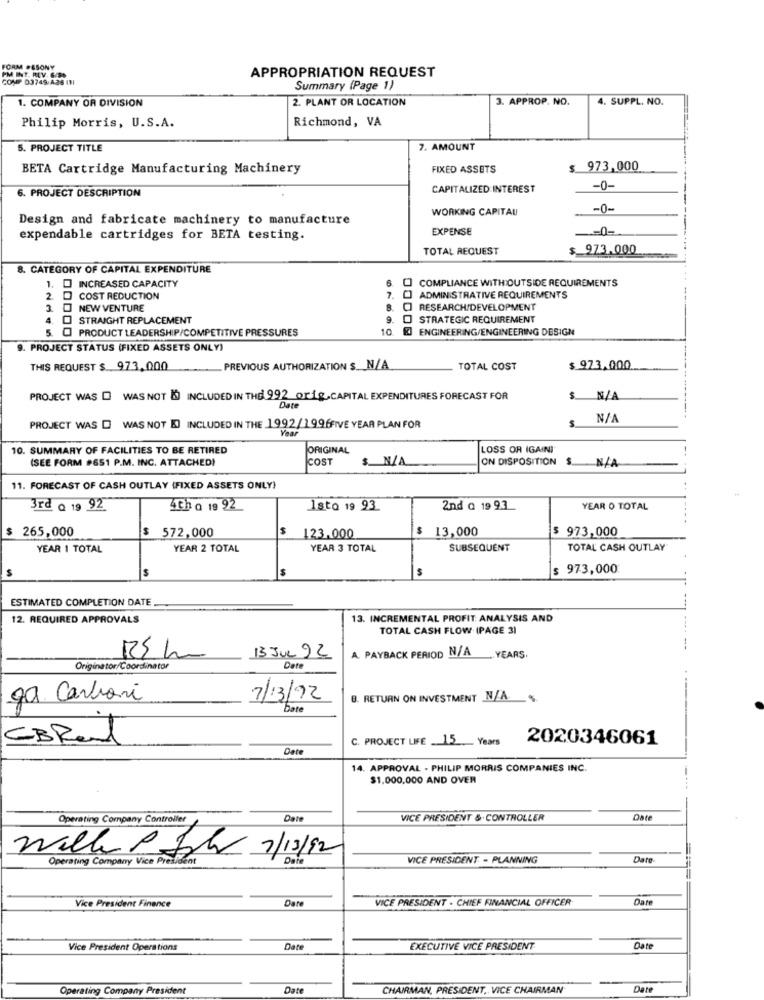
FORM PSSONY
APPROPRIATION REQUEST
PM IT. REV. G.P.
COUP D3749 A36 INI
Summary (Page 1)
1. COMPANY OR DIVISION
2. PLANT OR LOCATION
3. APPROP. NO.
4. SUPPL. NO.
Richmond, VA
Philip Morris, U.S.A.
5. PROJECT TITLE
7. AMOUNT
BETA Cartridge Manufacturing Machinery
FIXED ASSETS
$ 973,000
6. PROJECT DESCRIPTION
CAPITALIZED INTEREST
-0-
WORKING CAPITAL
-0-
Design and fabricate machinery to manufacture
EXPENSE
-0-
expendable cartridges for BETA testing.
TOTAL REQUEST
$ 973.000
8. CATEGORY OF CAPITAL EXPENDITURE
1. INCREASED CAPACITY
COMPLIANCE WITH OUTSIDE REQUIREMENTS
2.
COST REDUCTION
7. 0
ADMINISTRATIVE REQUIREMENTS
3.
NEW VENTURE
B
RESEARCH/DEVELOPMENT
STRAIGHT REPLACEMENT
9. O STRATEGIC REQUIREMENT
5. 0 PRODUCT LEADERSHIP/COMPETITIVE PRESSURES
10
. ] ENGINEERING/ENGINEERING DESIGN
9. PROJECT STATUS (FIXED ASSETS ONLY)
THIS REQUEST $ 973,000
PREVIOUS AUTHORIZATION S. N/A
TOTAL COST
$ 973.000
PROJECT WAS D WAS NOT & INCLUDED IN THE 992 orig. CAPITAL EXPENDITURES FORECAST FOR
$ N/A
----.
PROJECT WAS D WAS NOT E) INCLUDED IN THE 1992/1996FIVE YEAR PLAN FOR
Year
10. SUMMARY OF FACILITIES TO BE RETIRED
ORIGINAL
LOSS OR IGAINI
ISEE FORM #651 P.M. INC. ATTACHED!
COST
$ N/A
ON DISPOSITION S N/A
11. FORECAST OF CASH OUTLAY (FIXED ASSETS ONLY)
3rd @ 19 92
4ch Q 19 92
Isto 19 93
2nd Q 19 93
YEAR O TOTAL
$ 265,000
$ 572,000
$
$ 13,000
$ 973,000
123.000
YEAR 1 TOTAL
YEAR 2 TOTAL
YEAR 3 TOTAL
SUBSEQUENT
TOTAL CASH OUTLAY
$
$ 973,000
S
ESTIMATED COMPLETION DATE.
12. REQUIRED APPROVALS
13. INCREMENTAL PROFIT ANALYSIS AND
TOTAL CASH FLOW (PAGE 31
-----
A. PAYBACK PERIOD N/A
13 JUL 92
YEARS
Originator/Coordinator
Date
ga Carboni
7/13/92
B. RETURN ON INVESTMENT N/A.
bate
EBRUl
C. PROJECT LIFE 15 Years
2020346061
Date
14. APPROVAL - PHILIP MORRIS COMPANIES INC.
$1,000,000 AND OVER
Operating Company Controller
Date
VICE PRESIDENT & CONTROLLER
Date
Will P Ich 7/13/92
Operating Company Vice President
VICE PRESIDENT - PLANNING
Dato-
====
Date
VICE PRESIDENT - CHIEF FINANCIAL OFFICER
Date
Vice President Finance
Vice President Operations
Date
EXECUTIVE VICE PRESIDENT
Date
Operating Company President
Date
CHAIRMAN, PRESIDENT, VICE CHAIRMAN
Date